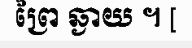
ព្រៃ ឆ្ងាយ ។ [